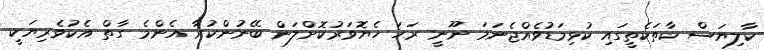
ކާލިޔަސް ކާތަކެތީގައި ކުޅިމަޑުވެއްޖެނަމަ ނޫނީ ރަހަ ހެޔޮވަރުކޮށްލަން ބޭނުންކުރާ އެންމެ ގާތް އެކުވެރިޔަކީ